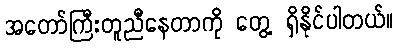
အတော်ကြီးတူညီနေတာကို တွေ့ ရှိနိုင်ပါတယ်။